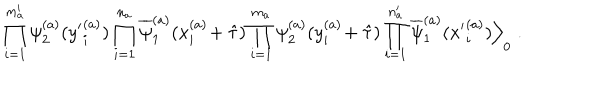
\prod _ { i = 1 } ^ { m _ { a } ^ { \prime } } \psi _ { 2 } ^ { ( a ) } ( { y ^ { \prime } } _ { i } ^ { ( a ) } ) \prod _ { i = 1 } ^ { n _ { a } } \overline { { { \psi } } } _ { 1 } ^ { ( a ) } ( x _ { i } ^ { ( a ) } \! + \hat { \tau } ) \prod _ { i = 1 } ^ { m _ { a } } \psi _ { 2 } ^ { ( a ) } ( y _ { i } ^ { ( a ) } \! + \hat { \tau } ) \prod _ { i = 1 } ^ { n _ { a } ^ { \prime } } \overline { { { \psi } } } _ { 1 } ^ { ( a ) } ( { x ^ { \prime } } _ { i } ^ { ( a ) } ) \Big \rangle _ { 0 } \; .